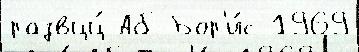
развцц́ Аб Бор'и́с 1969